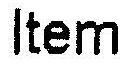
ITEM